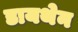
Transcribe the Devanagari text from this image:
डायथेन